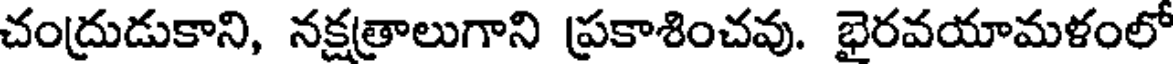
చంద్రుడుకాని, నక్షత్రాలుగాని ప్రకాశించవు. భైరవయామళంలో